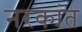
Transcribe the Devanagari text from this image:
नरकांत